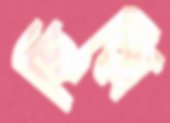
হিল্লি